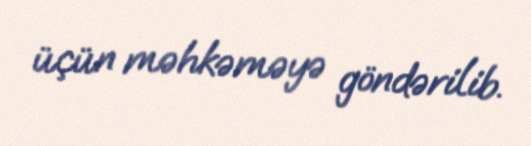
üçün məhkəməyə göndərilib.